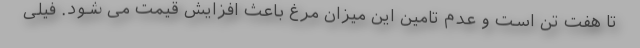
تا هفت تن است و عدم تامین این میزان مرغ باعث افزایش قیمت می شود. فیلی